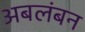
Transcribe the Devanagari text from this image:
अबलंबन